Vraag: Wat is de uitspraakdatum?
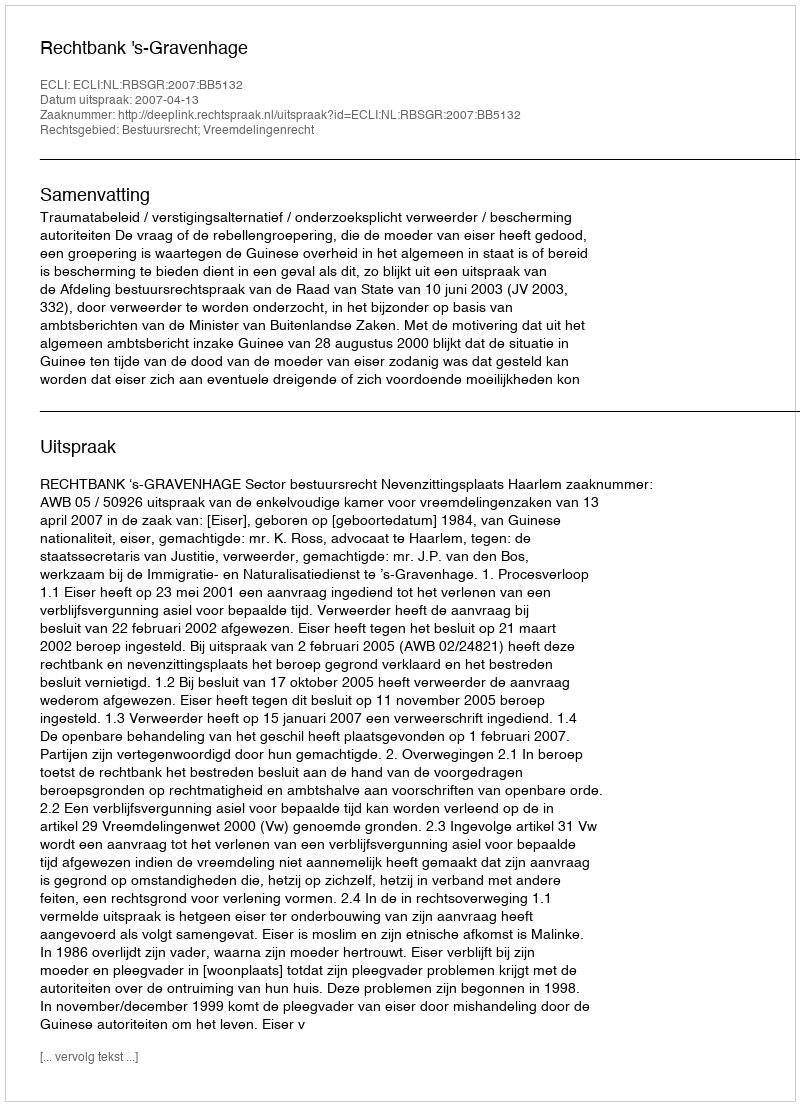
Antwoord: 2007-04-13